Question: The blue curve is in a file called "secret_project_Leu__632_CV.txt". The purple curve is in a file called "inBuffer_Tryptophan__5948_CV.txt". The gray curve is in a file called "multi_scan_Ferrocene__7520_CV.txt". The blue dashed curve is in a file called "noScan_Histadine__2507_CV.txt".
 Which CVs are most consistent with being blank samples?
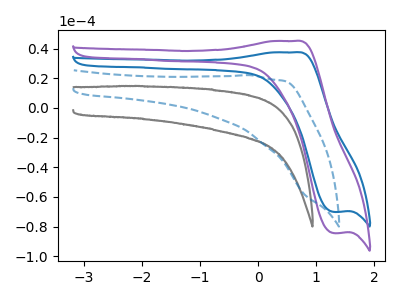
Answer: <think>The blue curve "Leu" has an anodic peak at (0.60V, 37.45uA) and a cathodic peak at (1.30V, -70.05uA). The purple curve "Tryptophan" has an anodic peak at (0.60V, 45.10uA) and a cathodic peak at (1.30V, -84.35uA). The gray curve "Ferrocene" has no peaks. The blue dashed curve "Histadine" has no peaks.</think>
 <answer>"Ferrocene" and "Histadine" are likely to be blanks.</answer>
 <eval>"Ferrocene", "Histadine"</eval>